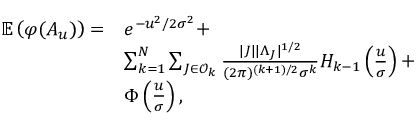
\begin{array} { r l } { \mathbb { E } \left( \varphi ( A _ { u } ) \right) = } & { e ^ { - { u ^ { 2 } / 2 \sigma ^ { 2 } } } + } \\ & { \sum _ { k = 1 } ^ { N } \sum _ { J \in \mathcal { O } _ { k } } \frac { | J | | \Lambda _ { J } | ^ { 1 / 2 } } { ( 2 \pi ) ^ { ( k + 1 ) / 2 } \sigma ^ { k } } H _ { k - 1 } \left( \frac { u } { \sigma } \right) + } \\ & { \Phi \left( \frac { u } { \sigma } \right) , } \end{array}